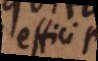
effici p